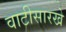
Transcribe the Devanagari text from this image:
वाटीसारखे